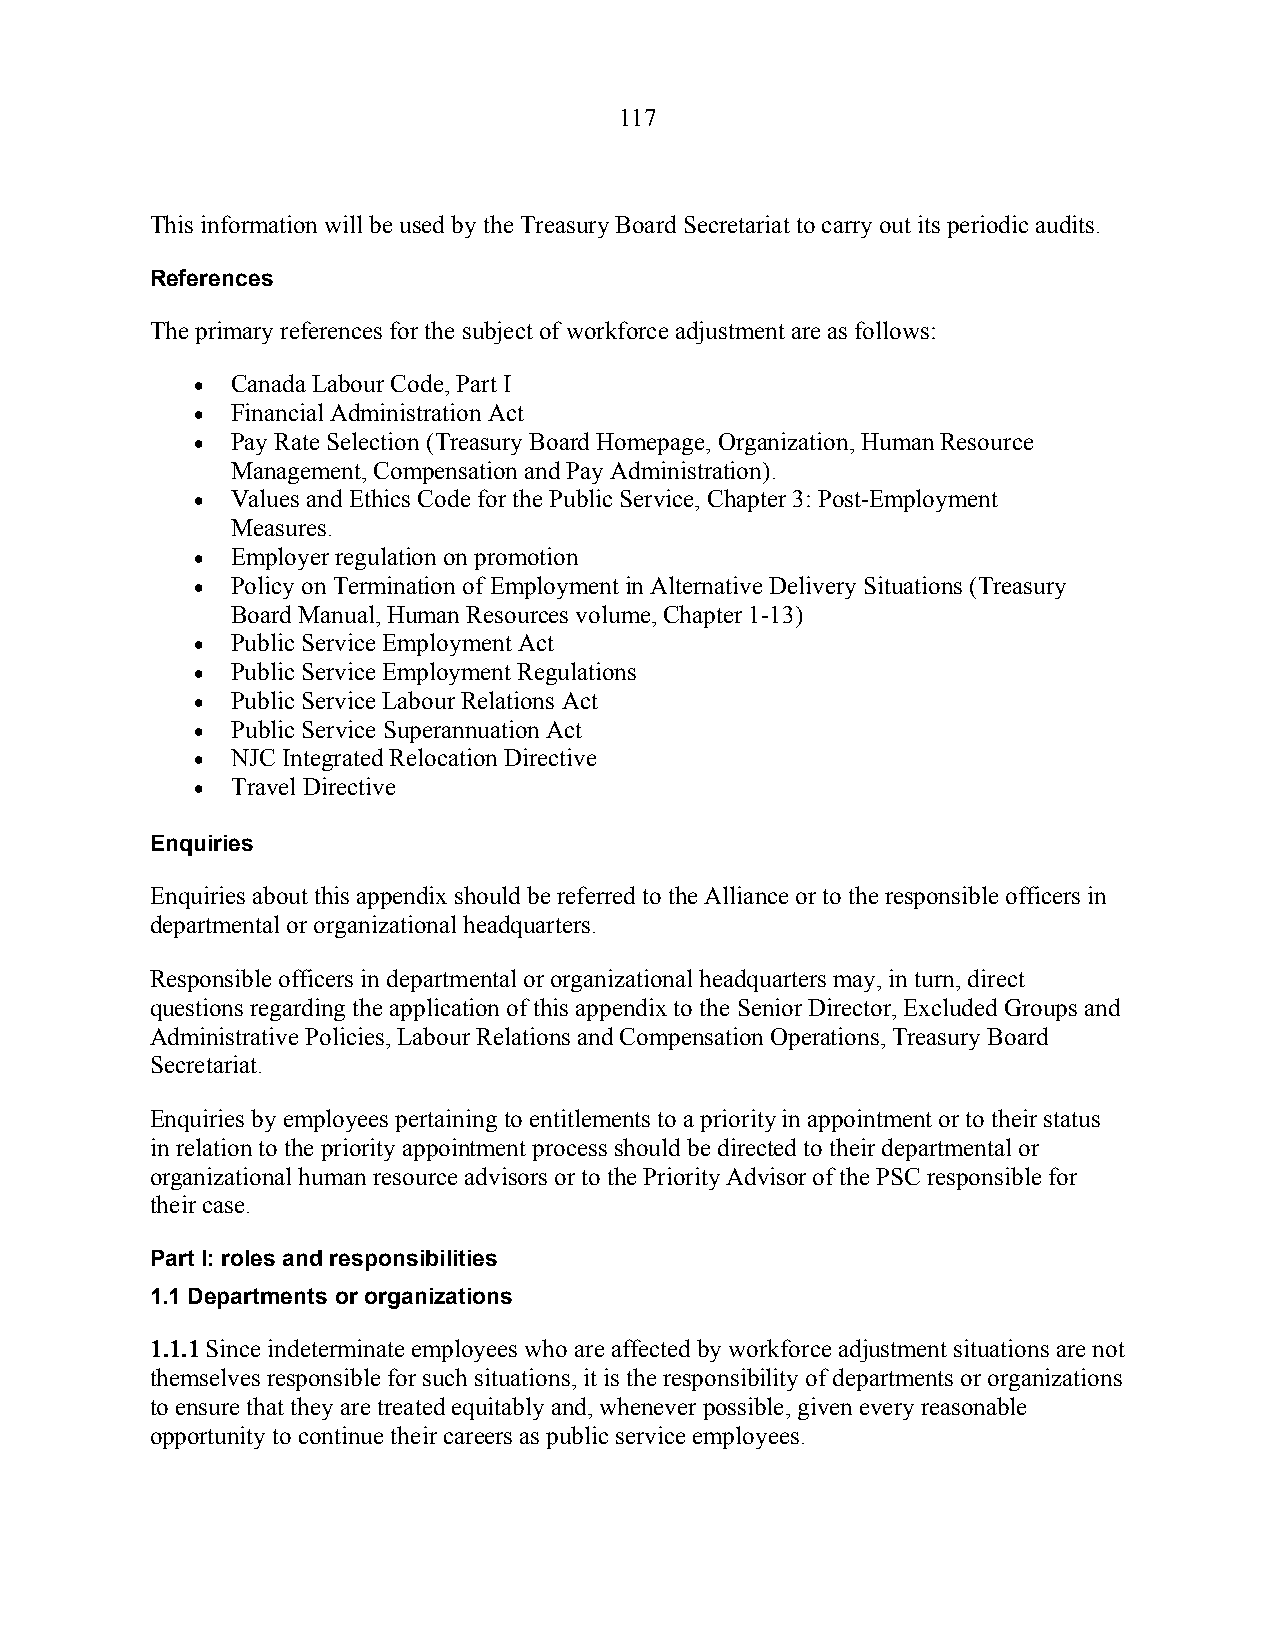
117
 This information will be used by the Treasury Board Secretariat to carry out its periodic audits.
 References
 The primary references for the subject of workforce adjustment are as follows:
  Canada Labour Code, Part I
  Financial Administration Act
  Pay Rate Selection (Treasury Board Homepage, Organization, Human Resource
 Management, Compensation and Pay Administration).
  Values and Ethics Code for the Public Service, Chapter 3: Post-Employment
 Measures.
  Employer regulation on promotion
  Policy on Termination of Employment in Alternative Delivery Situations (Treasury
 Board Manual, Human Resources volume, Chapter 1-13)
  Public Service Employment Act
  Public Service Employment Regulations
  Public Service Labour Relations Act
  Public Service Superannuation Act
  NJC Integrated Relocation Directive
  Travel Directive
 Enquiries
 Enquiries about this appendix should be referred to the Alliance or to the responsible officers in
 departmental or organizational headquarters.
 Responsible officers in departmental or organizational headquarters may, in turn, direct
 questions regarding the application of this appendix to the Senior Director, Excluded Groups and
 Administrative Policies, Labour Relations and Compensation Operations, Treasury Board
 Secretariat.
 Enquiries by employees pertaining to entitlements to a priority in appointment or to their status
 in relation to the priority appointment process should be directed to their departmental or
 organizational human resource advisors or to the Priority Advisor of the PSC responsible for
 their case.
 Part I: roles and responsibilities
 1.1 Departments or organizations
 1.1.1 Since indeterminate employees who are affected by workforce adjustment situations are not
 themselves responsible for such situations, it is the responsibility of departments or organizations
 to ensure that they are treated equitably and, whenever possible, given every reasonable
 opportunity to continue their careers as public service employees.